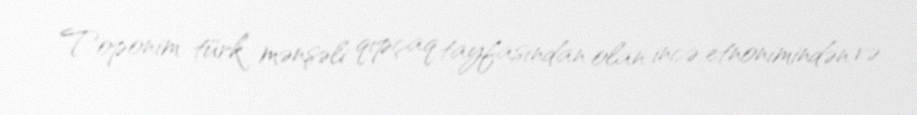
Toponim türk mənşəli qıpçaq tayfasından olan incə etnonimindən və